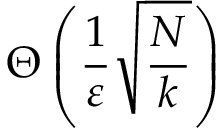
\Theta \left( { \frac { 1 } { \varepsilon } } { \sqrt { \frac { N } { k } } } \right)